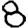
Digit: 8